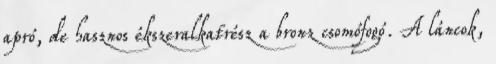
apró, de hasznos ékszeralkatrész a bronz csomófogó. A láncok,